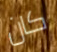
كان